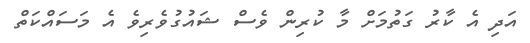
އަދި އެ ކާރު ގަތުމަށް މާ ކުރިން ވެސް ޝައުގުވެރިވެ އެ މަސައްކަތް